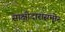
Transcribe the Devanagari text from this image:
साक्षीदारांसमोर